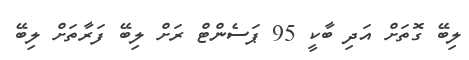
ލިބޭ ގޮތަށް އަދި ބާކީ 95 ޕަސެންޓް ރަށް ލިބޭ ފަރާތަށް ލިބޭ